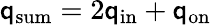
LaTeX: \mathsf{q}_{\mathrm{{sum}}}=2\mathsf{q}_{\mathrm{{in}}}+\mathsf{q}_{\mathrm{{on}}}